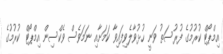
އިމްޕޯޓް ކުރުމުގެ ފުރުސަތު ވަނީ ހުޅުވާލެވިފައިވާ ކަމަށާއި ނަމަވެސް ވެކްސިން އިމްޕޯޓް ކުރުމުގެ